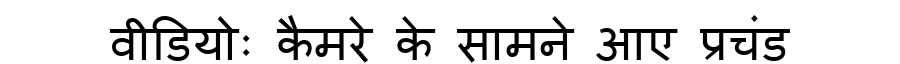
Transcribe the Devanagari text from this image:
वीडियोः कैमरे के सामने आए प्रचंड